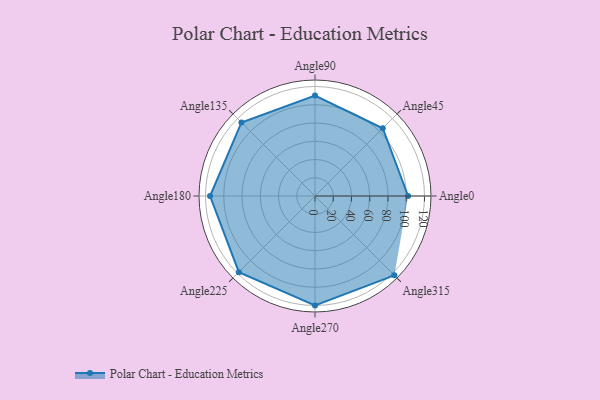
{"axis": {"x": "Angle", "y": "Radius"}, "legend": [""], "data": [{"x": "Angle0", "y": 102.0, "type": ""}, {"x": "Angle45", "y": 105.0, "type": ""}, {"x": "Angle90", "y": 110.0, "type": ""}, {"x": "Angle135", "y": 114.0, "type": ""}, {"x": "Angle180", "y": 115.0, "type": ""}, {"x": "Angle225", "y": 118.0, "type": ""}, {"x": "Angle270", "y": 120.0, "type": ""}, {"x": "Angle315", "y": 123.0, "type": ""}]}